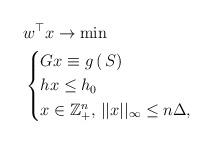
LaTeX: \begin{align*}& w^\top x \to \min \\&\begin{cases}G x \equiv g \,(\, S)\\h x \leq h_0 \\x \in \mathbb{Z}_+^n,\, ||x||_{\infty} \leq n \Delta,\end{cases}\end{align*}